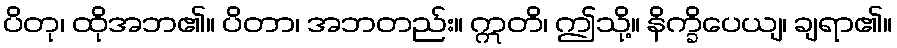
ပိတု၊ ထိုအဘ၏။ ပိတာ၊ အဘတည်း။ ဣတိ၊ ဤသို့။ နိက္ခိပေယျ၊ ချရာ၏။